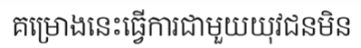
គម្រោងនេះធ្វើការជាមួយយុវជនមិន